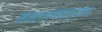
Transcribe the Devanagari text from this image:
संघराज्यवाद्यांचा